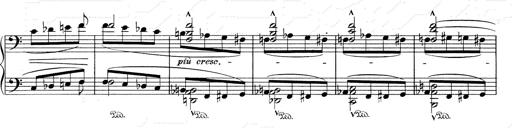
Title: RÃ©miniscences de Don Juan
Composer: Franz Liszt